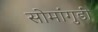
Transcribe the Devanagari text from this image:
सोमांगुडी